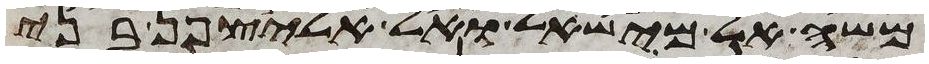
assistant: משה אל מישאל ואל אליצפן בני